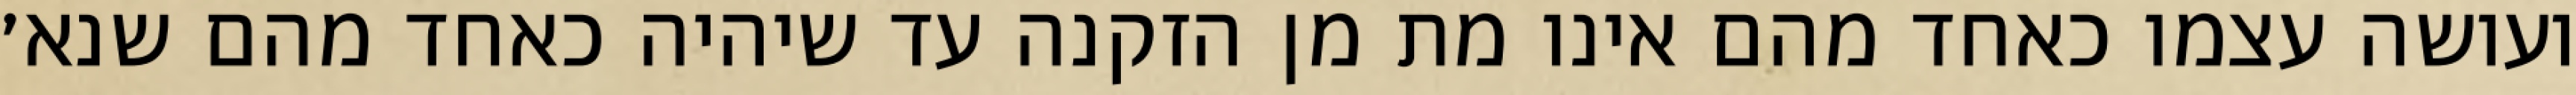
ועושה עצמו כאחד מהם אינו מת מן הזקנה עד שיהיה כאחד מהם שנא׳